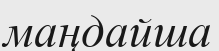
маңдайша